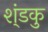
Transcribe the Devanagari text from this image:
श्ंडकु